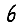
Digit: 6